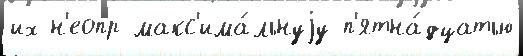
их н'еопр макс'има́льнуjу п'ятна́дцатью